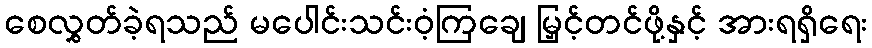
စေလွှတ်ခဲ့ရသည် မပေါင်းသင်းဝံ့ကြချေ မြှင့်တင်ဖို့နှင့် အားရရှိရေး